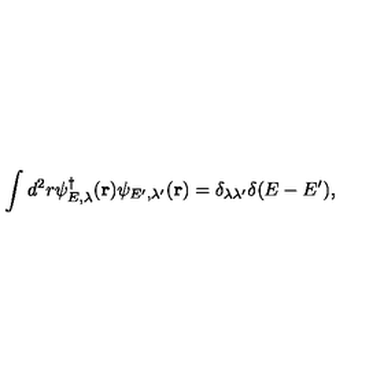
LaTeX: \displaystyle \int d ^ { 2 } r \psi _ { E , \lambda } ^ { \dag } ( { \bf r } ) \psi _ { E ^ { \prime } , \lambda ^ { \prime } } ( { \bf r } ) = \delta _ { \lambda \lambda ^ { \prime } } \delta ( E - E ^ { \prime } ) ,